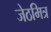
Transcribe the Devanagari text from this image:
जेठमित्र